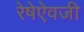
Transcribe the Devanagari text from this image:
रेषेऐवजी